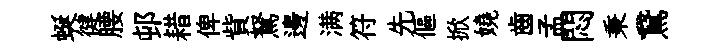
蜒徤腰邨耤俾貲駑邊满符先傴掀嬈齒孟悶秉鵞